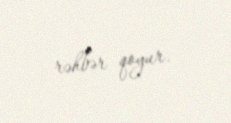
rəhbər qoyur.